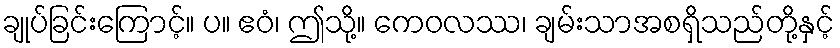
ချုပ်ခြင်းကြောင့်။ ပ။ ဧဝံ၊ ဤသို့။ ကေဝလဿ၊ ချမ်းသာအစရှိသည်တို့နှင့်